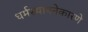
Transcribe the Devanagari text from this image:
धर्मस्थापनेकारणे